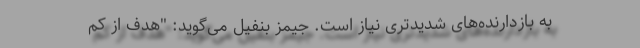
به بازدارنده‌های شدیدتری نیاز است. جیمز بنفیل می‌گوید: "هدف از کم